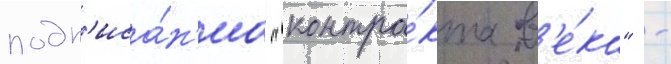
подп'иса́н'иа "контра́кта в'е́ка" -